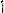
1